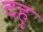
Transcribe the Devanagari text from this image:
दहु